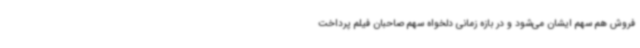
فروش هم سهم ایشان می‌شود و در بازه زمانی دلخواه سهم صاحبان فیلم پرداخت